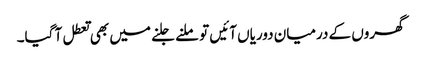
گھروں کے درمیان دوریاں آئیں تو ملنے جلنے میں بھی تعطل آ گیا۔